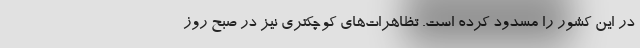
در این کشور را مسدود کرده است. تظاهرات‌های کوچکتری نیز در صبح روز